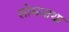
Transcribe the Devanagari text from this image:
सोमनाथा